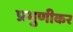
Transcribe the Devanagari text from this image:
प्रभुणीकर